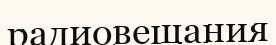
радиовещания